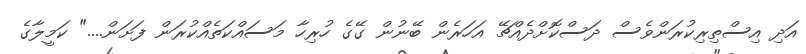
އަދި އިސްތިރިކުރަންވެސް ދަސްކޮށްދެއްޗޭ އަހަރެން ބޭނުން ގޭގެ ހުރިހާ މަސައްކަތެއްކުރަން ފަށަން...." ކަމީލާގެ